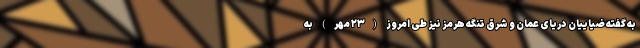
به گفته ضیاییان دریای عمان و شرق تنگه هرمز نیز طی امروز (۲۳ مهر) به